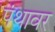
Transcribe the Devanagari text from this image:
पंथावर